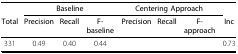
<table><thead><tr><td>[EMPTY_CELL]</td><td colspan="3"><b>Baseline</b></td><td colspan="3"><b>Centering Approach</b></td><td>[EMPTY_CELL]</td></tr><tr><td><b>Total</b></td><td><b>Precision</b></td><td><b>Recall</b></td><td><b>F-baseline</b></td><td><b>Precision</b></td><td><b>Recall</b></td><td><b>F-approach</b></td><td><b>Inc</b></td></tr></thead><tbody><tr><td>331</td><td>0.49</td><td>0.40</td><td>0.44</td><td>[EMPTY_CELL]</td><td>[EMPTY_CELL]</td><td>[EMPTY_CELL]</td><td>0.73</td></tr></tbody></table>